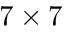
7 \times 7